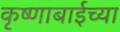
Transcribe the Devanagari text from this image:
कृष्णाबाईच्या